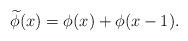
LaTeX: \begin{align*}\widetilde{\phi} (x) = \phi (x) + \phi (x-1). \end{align*}